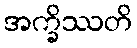
အက္ခိဿတိ